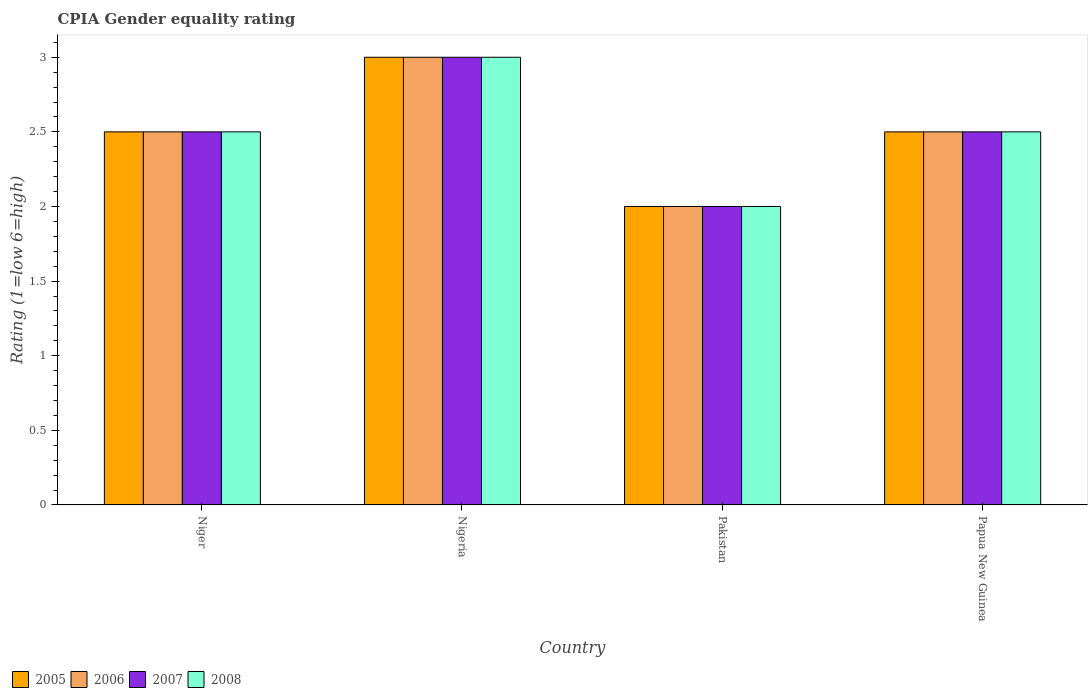
| Country | 2005 | 2006 | 2007 | 2008 |
 | --- | --- | --- | --- | --- |
 | Niger | 2.5 | 2.5 | 2.5 | 2.5 |
 | Nigeria | 3 | 3 | 3 | 3 |
 | Pakistan | 2 | 2 | 2 | 2 |
 | Papua New Guinea | 2.5 | 2.5 | 2.5 | 2.5 |